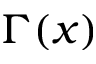
\Gamma ( x )